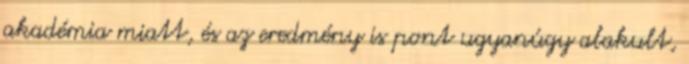
akadémia miatt, és az eredmény is pont ugyanúgy alakult,